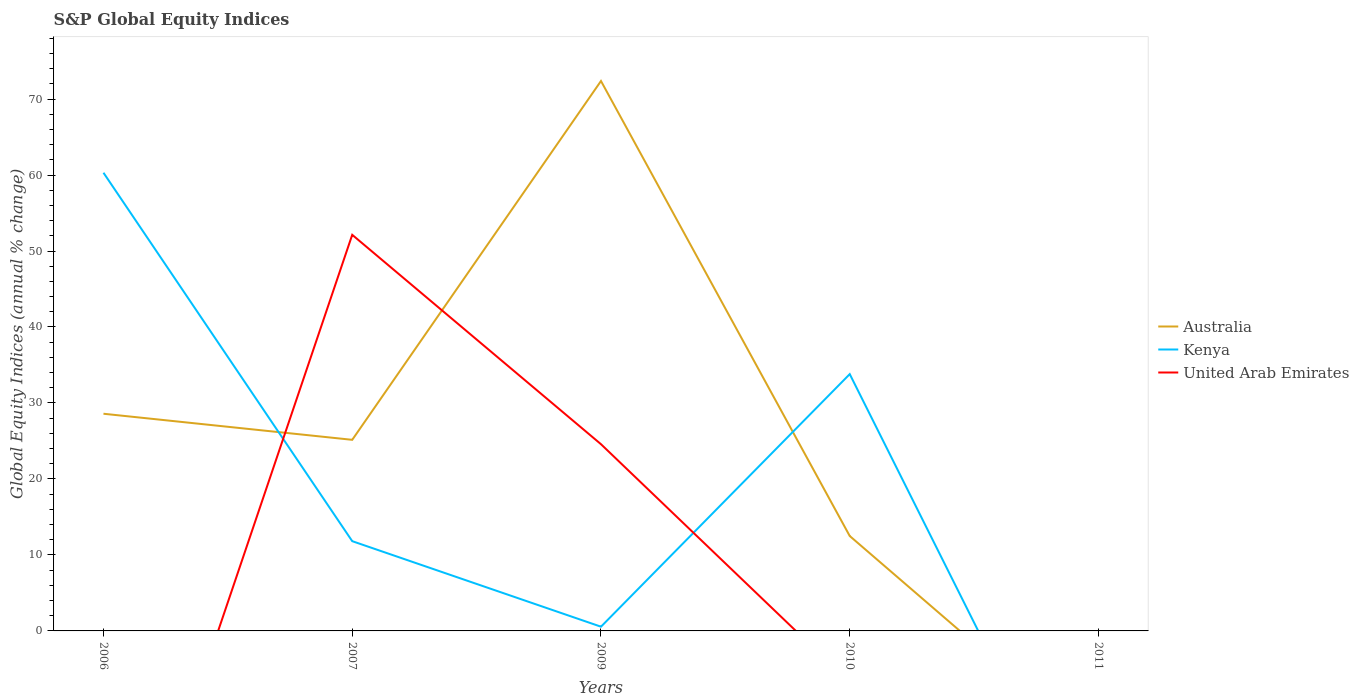
| Years | Australia | Kenya | United Arab Emirates |
 | --- | --- | --- | --- |
 | 2006 | 28.6 | 60.3 | -44.6 |
 | 2007 | 25.2 | 11.8 | 52.1 |
 | 2009 | 72.4 | 0.556 | 24.6 |
 | 2010 | 12.5 | 33.8 | -6.79 |
 | 2011 | -15.7 | -31.6 | -16.5 |